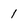
Character: 1